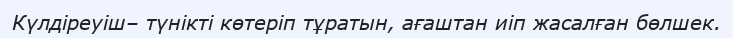
Күлдіреуіш– түнікті көтеріп тұратын, ағаштан иіп жасалған бөлшек.